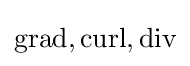
{\text{grad}},{\text{curl}},{\text{div}}